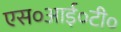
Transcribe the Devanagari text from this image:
एस०आई०टी०